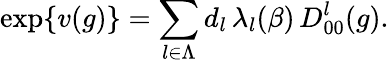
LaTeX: \exp\{ v(g)\} =\sum_{l\in\Lambda}d_{l}\, \lambda_{l}(\beta)\, D_{00}^{l}(g).